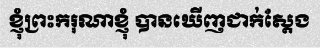
ខ្ញុំព្រះករុណាខ្ញុំ បានឃើញជាក់ស្តែង